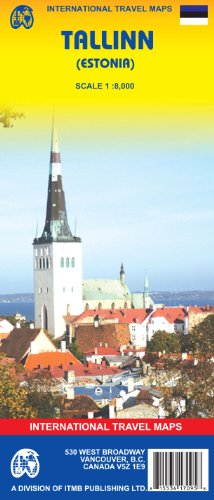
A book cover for Tallinn (Estonia) 1:8,000 Street Map 2006***; ITM Canada; Travel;